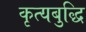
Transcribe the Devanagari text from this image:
कृत्यबुद्धि